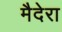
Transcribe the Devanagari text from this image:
मैदेरा